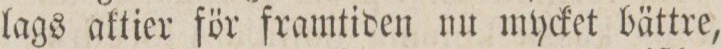
lags aktier för framtiden nu mycket bättre,